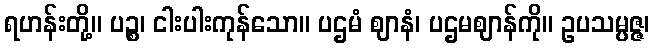
ရဟန်းတို့။ ပဉ္စ၊ ငါးပါးကုန်သော။ ပဌမံ ဈာနံ၊ ပဌမဈာန်ကို။ ဥပသမ္ပဇ္ဇ၊